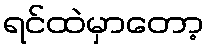
ရင်ထဲမှာတော့